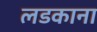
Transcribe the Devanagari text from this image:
लडकाना